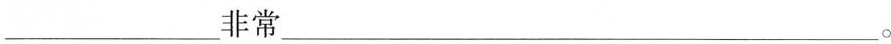
___非常___。